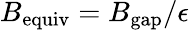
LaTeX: B_{\mathrm{equiv}}=B_{\mathrm{gap}}/\epsilon